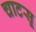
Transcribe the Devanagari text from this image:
चाटसू